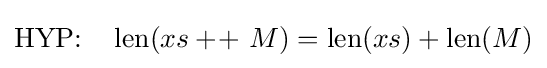
{\text{HYP:}}\quad \operatorname {len} (xs+\!+\ M)=\operatorname {len} (xs)+\operatorname {len} (M)